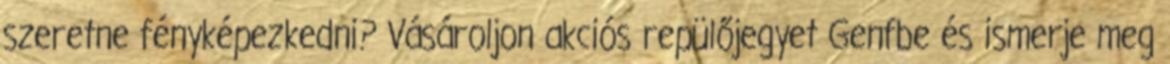
szeretne fényképezkedni? Vásároljon akciós repülőjegyet Genfbe és ismerje meg